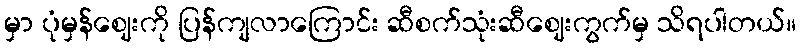
မှာ ပုံမှန်ဈေးကို ပြန်ကျလာကြောင်း ဆီစက်သုံးဆီဈေးကွက်မှ သိရပါတယ်။